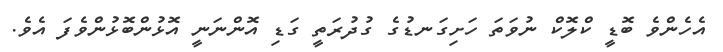
އެހެންވެ ބޮޑީ ކްލޮކް ނުވަތަ ހަށިގަނޑުގެ ގުދުރަތީ ގަޑި އޮންނަނީ އޮޅުންބޮޅުންވެފަ އެވެ.